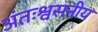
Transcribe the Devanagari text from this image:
अंतःश्वसनीय